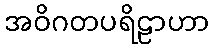
အဝိဂတပရိဠာဟာ